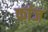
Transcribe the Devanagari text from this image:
फांज